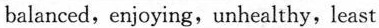
balanced，enjoying，unhealthy, least